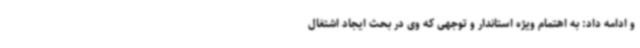
و ادامه داد: به اهتمام ویژه استاندار و توجهی که وی در بحث ایجاد اشتغال